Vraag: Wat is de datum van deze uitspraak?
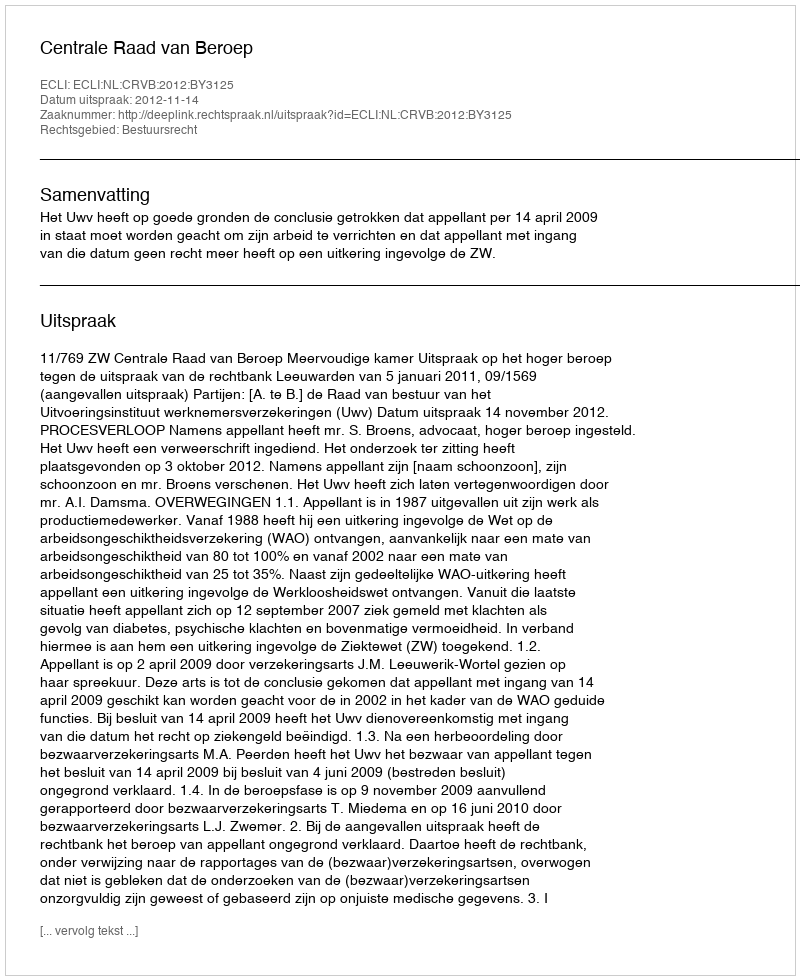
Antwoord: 2012-11-14